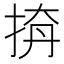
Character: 𢭛